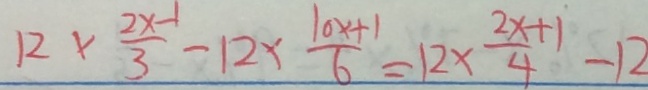
1 2 \times \frac { 2 x - 1 } { 3 } - 1 2 \times \frac { 1 0 x + 1 } { 6 } = 1 2 \times \frac { 2 x + 1 } { 4 } - 1 2